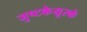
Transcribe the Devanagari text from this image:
जुष्टकेयूरकं